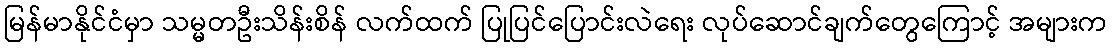
မြန်မာနိုင်ငံမှာ သမ္မတဦးသိန်းစိန် လက်ထက် ပြုပြင်ပြောင်းလဲရေး လုပ်ဆောင်ချက်တွေကြောင့် အများက